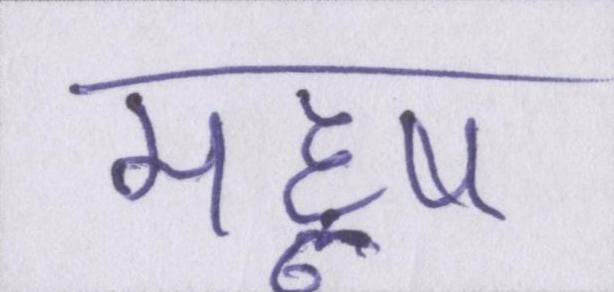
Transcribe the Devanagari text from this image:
महॢष